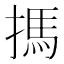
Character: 𢲫